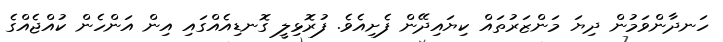
ހަނދާންވަމުން ދިޔަ މަންޒަރުތައް ކިޔައިދޭން ފެށިއެވެ. ފުރޮޅިލީ ގޮނޑިއެއްގައި އިން އަންހެން ކުއްޖެއްގެ